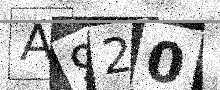
Text: A920